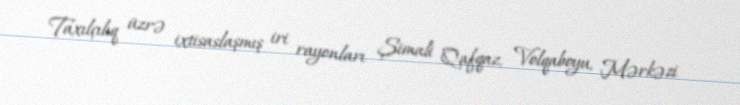
Taxılçılıq üzrə ixtisaslaşmış iri rayonları Şimali Qafqaz, Volqaboyu, Mərkəzi